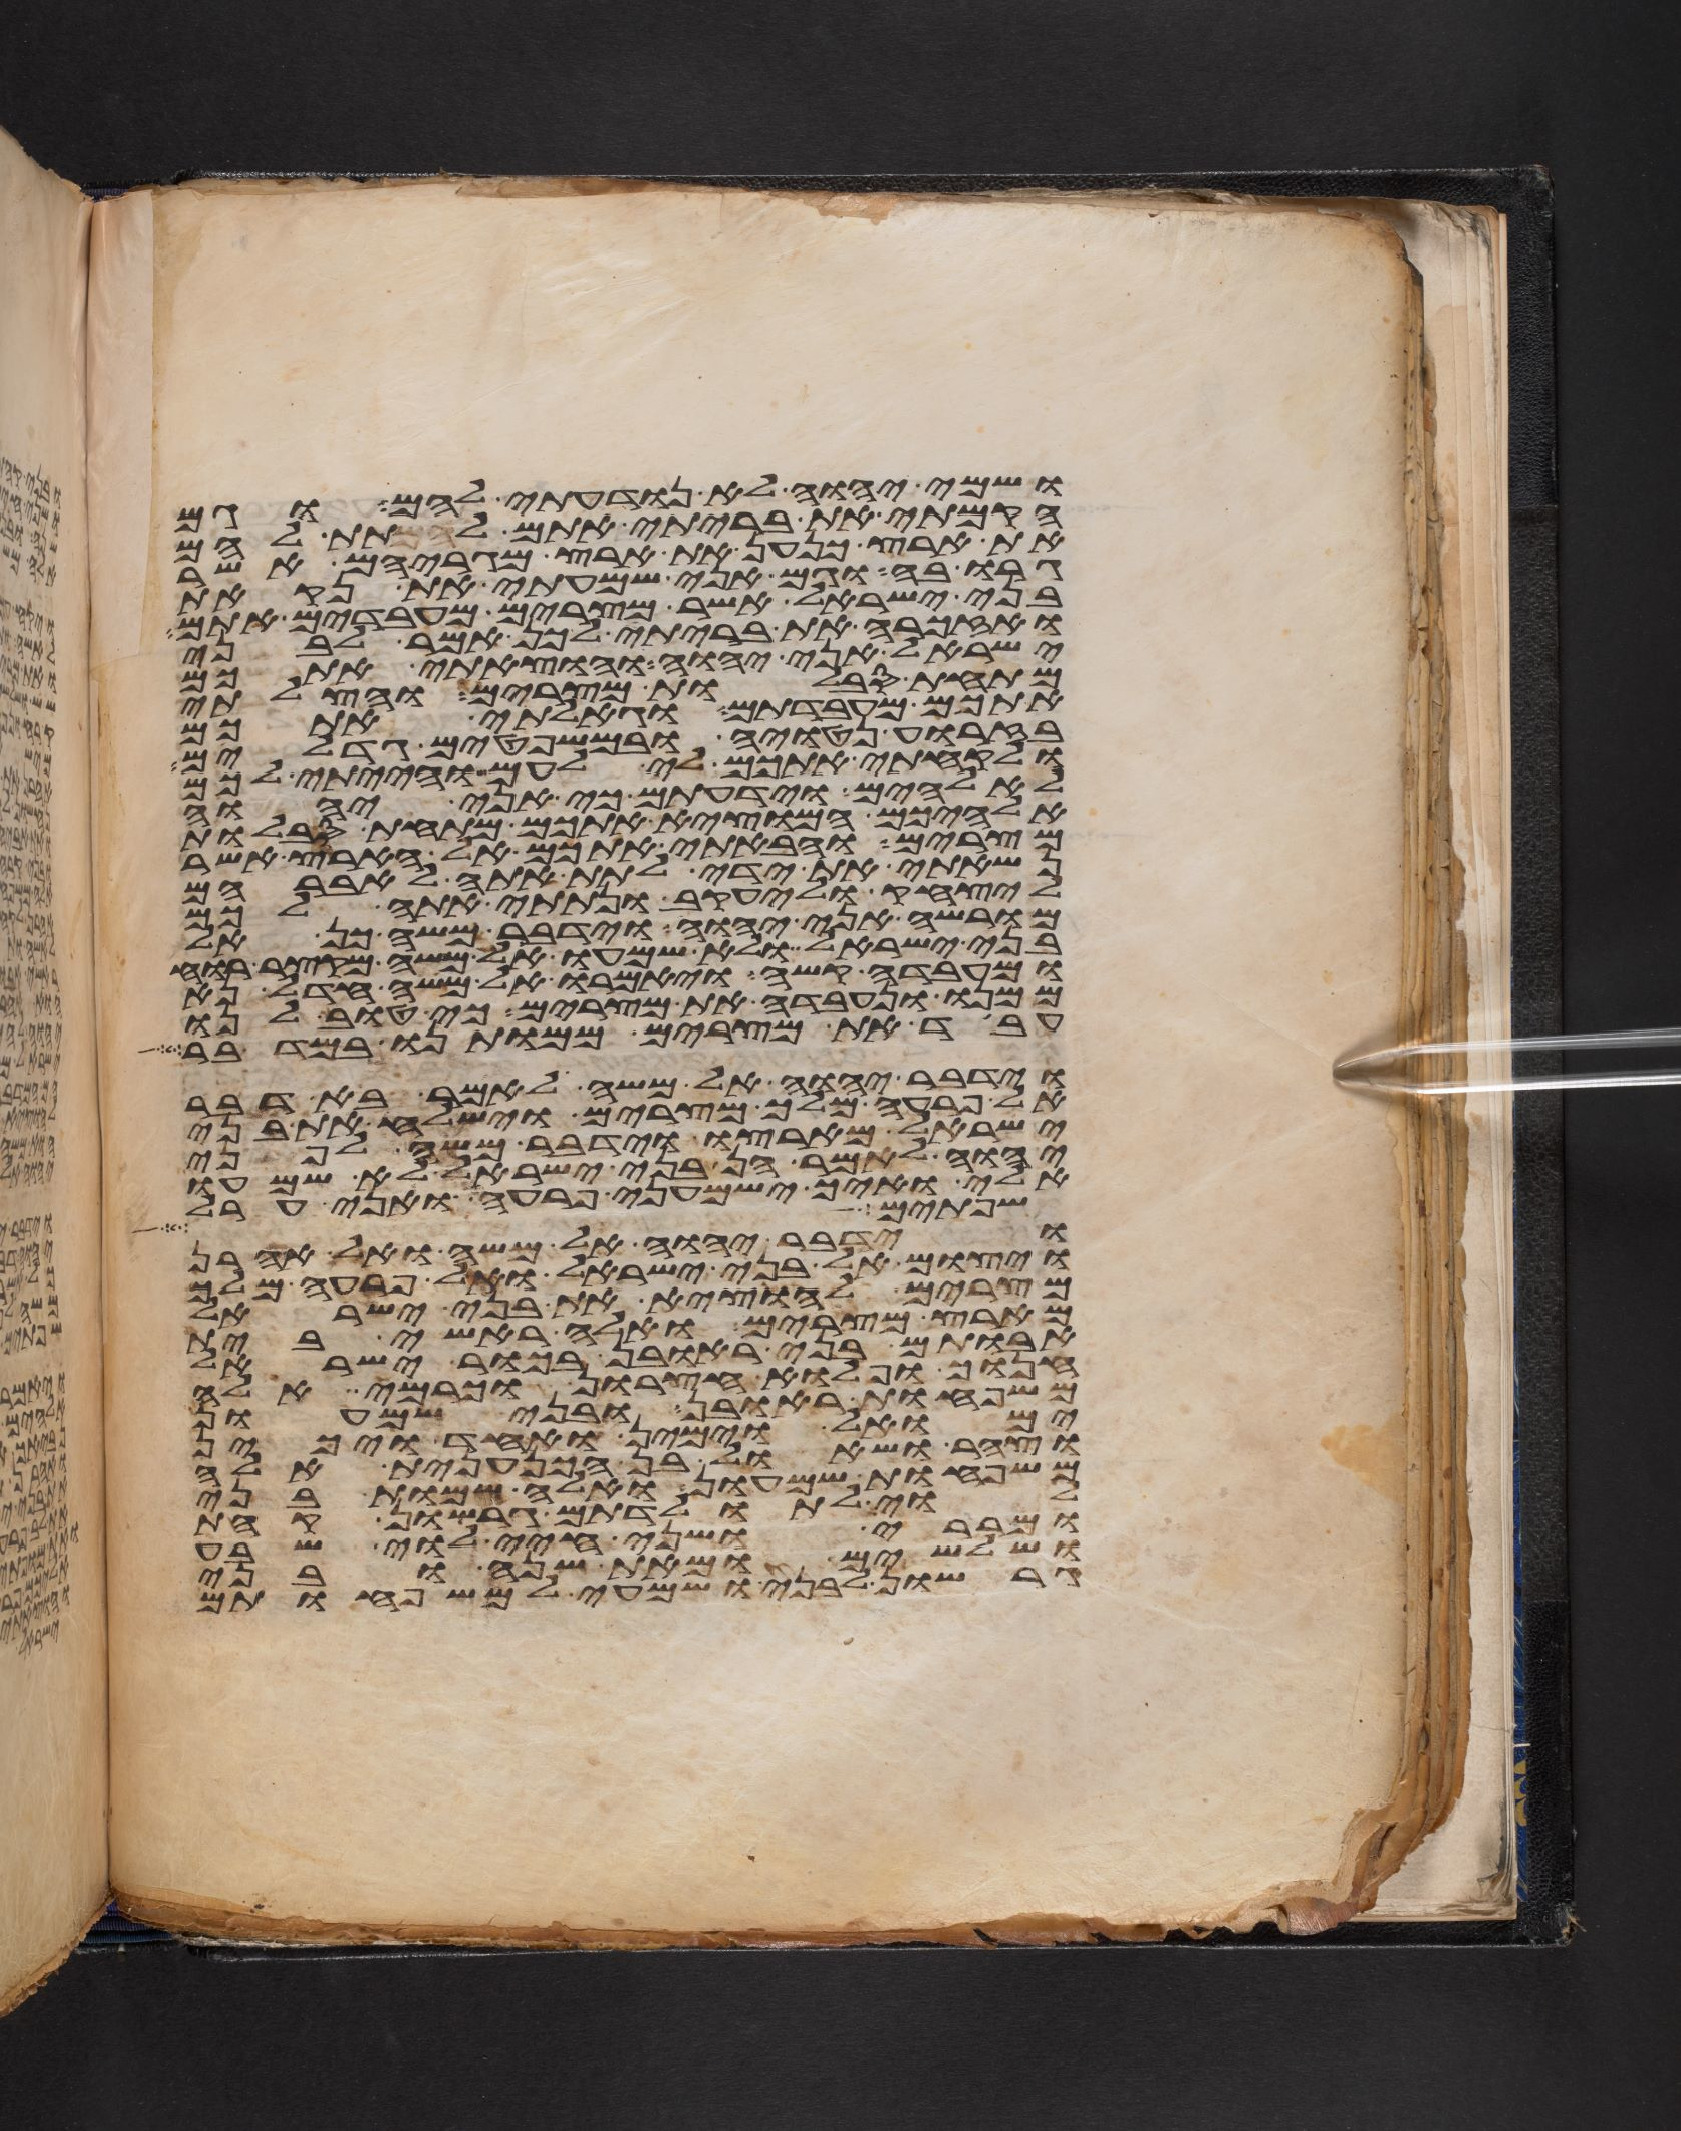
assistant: ושמי יהוה לא נודעתי להם וגם
הקמתי את בריתי אתם לתת להם
את ארץ כנען את ארץ מגריהם אשר
גרו בה וגם אני שמעתי את נקאת
בני ישראל אשר מצרים מעבדים אתם
ואזכרה את בריתי לכן אמר לבני
ישראל אני יהוה והוצאתי אתכם
מתחת סבלות מצרים והצלתי
אתכם מעבדתם וגאלתי אתכם
בזרוע נטויה ובמשפטים גדלים
ולקחתי אתכם לי לעם והייתי לכם
לאלהים וידעתם כי אני יהוה
אלהיכם המוצא אתכם מתחת סבלות
מצרים והבאתי אתכם אל הארץ אשר
נשאתי את ידי לתת אתה לאברהם
ליצחק וליעקב ונתתי אתה לכם
מורשה אני יהוה וידבר משה כן
לבני ישראל ולא שמעו אל משה מקצר רוח
ומעבדה קשה ויאמרו אל משה חדל נא
ממנו ונעבדה את מצרים כי טוב לנו
עבד את מצרים ממותנו במדבר
וידבר יהוה אל משה לאמר בא דבר
אל פרעה מלך מצרים וישלח את בני
ישראל מארצו וידבר משה לפני
יהוה לאמר הן בני ישראל לא שמעו
אלי ואיך ישמעני פרעה ואני ערל
וששים אלף ושלש
וידבר יהוה אל משה ואל אהרן
ויצום אל בני ישראל ואל פרעה מלך
מצרים להוציא את בני ישראל
מארץ מצרים ואלה ראשי בית
אבותם בני ראובן בכור ישראל
חנוך ופלוא חצרון וכרמי אלה
משפחות ראובן ובני שמעון
ימואל וימין ואחד ויכין
וצהר ושאול בן הכנענית אלה
משפחות שמעון ואלה שמות בני
לוי לתולדתם גרשון קהת
ומררי ושני חיי לוי שבע
ושלשים ומאת שנה ובני
גרשון לבני ושמעי למשפחותם